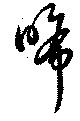
晞